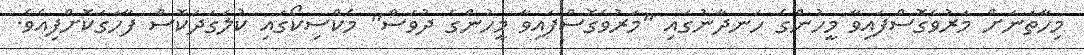
މިހާތަނަށް މަރުވެގޮސްފައިވާ މީހުންގެ ހަނދާނުގައި "މަރުވެގޮސްފައިވާ މީހުންގެ ދުވަސް" މެކްސިކޯގައި ކުލަގަދަކޮސް ފާހަގަކޮށްފިއެވެ.